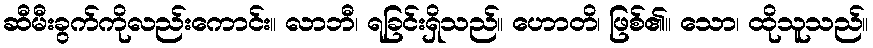
ဆီမီးခွက်ကိုလည်းကောင်း။ လာဘီ၊ ရခြင်းရှိသည်။ ဟောတိ၊ ဖြစ်၏။ သော၊ ထိုသူသည်။